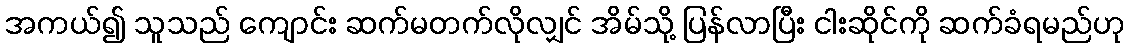
အကယ်၍ သူသည် ကျောင်း ဆက်မတက်လိုလျှင် အိမ်သို့ ပြန်လာပြီး ငါးဆိုင်ကို ဆက်ခံရမည်ဟု